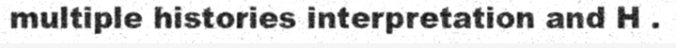
multiple histories interpretation and H .